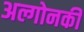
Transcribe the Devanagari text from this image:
अल्गोनकी